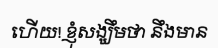
ហើយ! ខ្ញុំសង្ឃឹមថា នឹងមាន